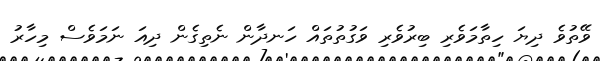
ވޭތުވެ ދިޔަ ހިތާމަވެރި ބިރުވެރި ވަގުތުތައް ހަނދާން ނެތިގެން ދިއަ ނަމަވެސް މިހާރު